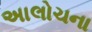
અાલોચના